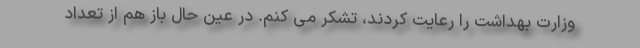
وزارت بهداشت را رعایت کردند، تشکر می کنم. در عین حال باز هم از تعداد